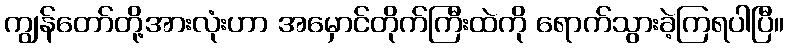
ကျွန်တော်တို့အားလုံးဟာ အမှောင်တိုက်ကြီးထဲကို ရောက်သွားခဲ့ကြရပါပြီ။